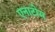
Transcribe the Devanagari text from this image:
एनाटोम